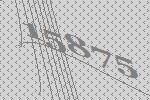
15875